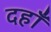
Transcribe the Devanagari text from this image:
दहाँ